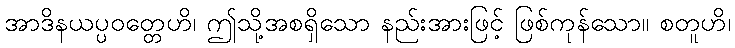
အာဒိနယပ္ပဝတ္တေဟိ၊ ဤသို့အစရှိသော နည်းအားဖြင့် ဖြစ်ကုန်သော။ စတူဟိ၊